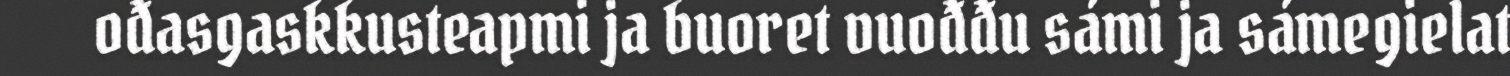
ođasgaskkusteapmi ja buoret vuođđu sámi ja sámegielat